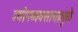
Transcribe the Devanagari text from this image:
उद्योगव्यवसायामुळे